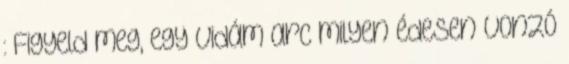
: Figyeld meg, egy vidám arc milyen édesen vonzó